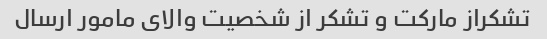
تشکراز مارکت و تشکر از شخصیت والای مامور ارسال